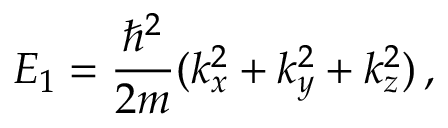
E _ { 1 } = \frac { \hbar ^ { 2 } } { 2 m } ( k _ { x } ^ { 2 } + k _ { y } ^ { 2 } + k _ { z } ^ { 2 } ) \, ,